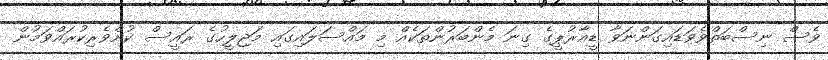
ވެސް ނިސްބަތްވެވަޑައިގަންނަވާ ޑީއާރުޕީގެ ގިނަ މެންބަރުންތަކެއް މި މައްސަލައިގައި މަޖިލީހުގެ ރައީސް ކުށްވެރިކުރައްވަމުން